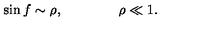
\sin f \sim \rho , \qquad \qquad \rho \ll 1 .